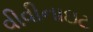
વીવીનાઇટ